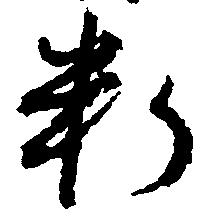
料